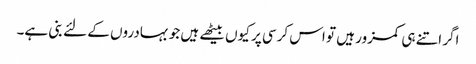
اگر اتنے ہی کمزور ہیں تو اس کرسی پر کیوں بیٹھے ہیں جو بہادروں کے لئے بنی ہے۔